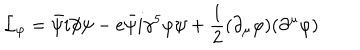
{ \cal L } _ { \varphi } = \bar { \psi } i \partial \! \! \! / \psi - e \bar { \psi } i \gamma ^ { 5 } \varphi \psi + \frac 1 2 ( \partial _ { \mu } \varphi ) ( \partial ^ { \mu } \varphi )